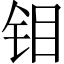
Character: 钼